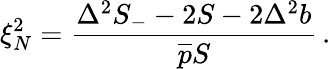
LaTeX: \xi_{N}^{2}=\frac{\Delta^{2}S_{-}-2S-2\Delta^{2}b}{\overline{{p}}S}\, .